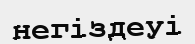
негіздеуі